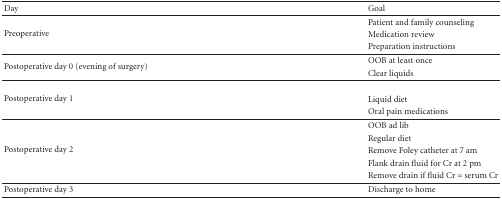
<table><thead><tr><td><b>Day</b></td><td><b>Goal</b></td></tr></thead><tbody><tr><td rowspan="3">Preoperative</td><td>Patient and family counseling</td></tr><tr><td>Medication review</td></tr><tr><td>Preparation instructions</td></tr><tr><td rowspan="2">Postoperative day 0 (evening of surgery)</td><td>OOB at least once</td></tr><tr><td>Clear liquids</td></tr><tr><td rowspan="3">Postoperative day 1</td><td>[EMPTY_CELL]</td></tr><tr><td>Liquid diet</td></tr><tr><td>Oral pain medications</td></tr><tr><td rowspan="5">Postoperative day 2</td><td>OOB ad lib</td></tr><tr><td>Regular diet</td></tr><tr><td>Remove Foley catheter at 7 am</td></tr><tr><td>Flank drain fluid for Cr at 2 pm</td></tr><tr><td>Remove drain if fluid Cr = serum Cr</td></tr><tr><td>Postoperative day 3</td><td>Discharge to home</td></tr></tbody></table>